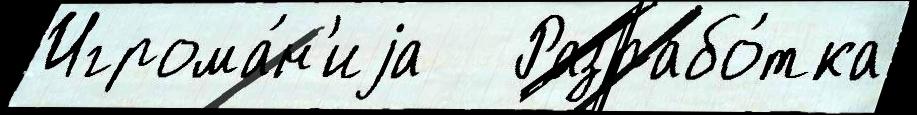
Игрома́н'иjа   Разрабо́тка